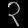
Digit: ၃